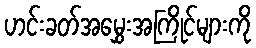
ဟင်းခတ်အမွှေးအကြိုင်များကို